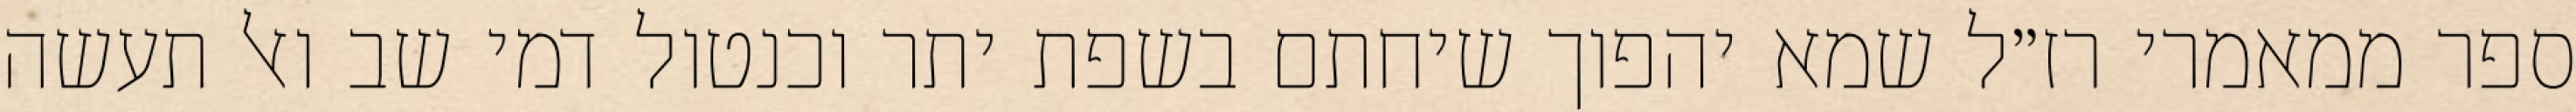
ספר ממאמרי רז״ל שמא יהפוך שיחתם בשפת יתר וכנטול דמי שב ואל תעשה